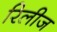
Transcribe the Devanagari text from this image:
रिलीज